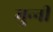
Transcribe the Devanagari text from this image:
मुन्‍नी